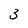
Character: 3